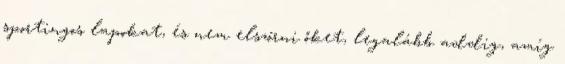
sportingos lapokat, és nem elszórni őket, legalább addig, amíg